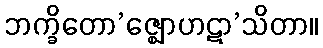
ဘက္ခိတော’ဇ္ဈောဟဋာ’သိတာ။